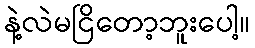
နဲ့လဲမငြိတော့ဘူးပေါ့။